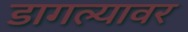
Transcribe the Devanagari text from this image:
डागल्यावर